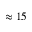
\approx 1 5